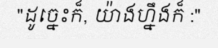
"ដូច្នេះក៏, យ៉ាងហ្នឹងក៏ :"